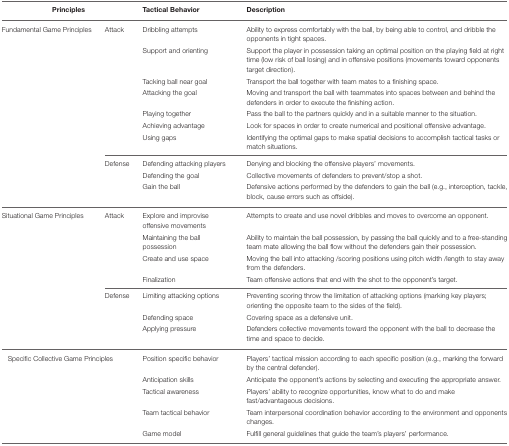
| <COLSPAN=2> Principles | Tactical Behavior | Description |
 | --- | --- | --- | --- |
 | Fundamental Game Principles | Attack | Dribbling attempts | Ability to express comfortably with the ball, by being able to control, and dribble the opponents in tight spaces. |
 |  |  | Support and orienting | Support the player in possession taking an optimal position on the playing field at right time (low risk of ball losing) and in offensive positions (movements toward opponents target direction). |
 |  |  | Tacking ball near goal | Transport the ball together with team mates to a finishing space. |
 |  |  | Attacking the goal | Moving and transport the ball with teammates into spaces between and behind the defenders in order to execute the finishing action. |
 |  |  | Playing together | Pass the ball to the partners quickly and in a suitable manner to the situation. |
 |  |  | Achieving advantage | Look for spaces in order to create numerical and positional offensive advantage. |
 |  |  | Using gaps | Identifying the optimal gaps to make spatial decisions to accomplish tactical tasks or match situations. |
 |  | Defense | Defending attacking players | Denying and blocking the offensive players' movements. |
 |  |  | Defending the goal | Collective movements of defenders to prevent/stop a shot. |
 |  |  | Gain the ball | Defensive actions performed by the defenders to gain the ball (e.g., interception, tackle, block, cause errors such as offside). |
 | Situational Game Principles | Attack | Explore and improvise offensive movements | Attempts to create and use novel dribbles and moves to overcome an opponent. |
 |  |  | Maintaining the ball possession | Ability to maintain the ball possession, by passing the ball quickly and to a free-standing team mate allowing the ball flow without the defenders gain their possession. |
 |  |  | Create and use space | Moving the ball into attacking /scoring positions using pitch width /length to stay away from the defenders. |
 |  |  | Finalization | Team offensive actions that end with the shot to the opponent's target. |
 |  | Defense | Limiting attacking options | Preventing scoring throw the limitation of attacking options (marking key players; orienting the opposite team to the sides of the field). |
 |  |  | Defending space | Covering space as a defensive unit. |
 |  |  | Applying pressure | Defenders collective movements toward the opponent with the ball to decrease the time and space to decide. |
 | <COLSPAN=2> Specific Collective Game Principles | Position specific behavior | Players' tactical mission according to each specific position (e.g., marking the forward by the central defender). |
 |  |  | Anticipation skills | Anticipate the opponent's actions by selecting and executing the appropriate answer. |
 |  |  | Tactical awareness | Players' ability to recognize opportunities, know what to do and make fast/advantageous decisions. |
 |  |  | Team tactical behavior | Team interpersonal coordination behavior according to the environment and opponents changes. |
 |  |  | Game model | Fulfill general guidelines that guide the team's players' performance. |